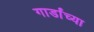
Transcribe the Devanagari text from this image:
गार्डांच्या